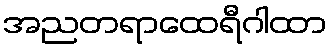
အညတရာထေရီဂါထာ